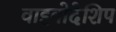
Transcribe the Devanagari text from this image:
वाइवोदेशिप